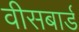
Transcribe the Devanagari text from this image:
वीसबार्ड